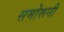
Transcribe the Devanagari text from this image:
समोरूनी